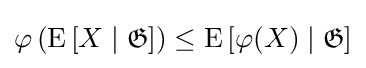
\varphi \left(\operatorname {E} \left[X\mid {\mathfrak {G}}\right]\right)\leq \operatorname {E} \left[\varphi (X)\mid {\mathfrak {G}}\right]